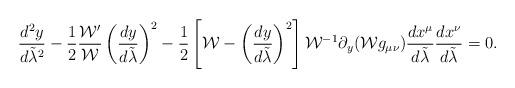
LaTeX: \begin{align*}{{d^2y}\over{d\tilde{\lambda}^2}}-{1\over 2}{{{\cal W}^{\prime}}\over{\cal W}}\left({{dy}\over{d\tilde{\lambda}}}\right)^2-{1\over 2}\left[{\cal W}-\left({{dy}\over{d\tilde{\lambda}}}\right)^2\right]{\cal W}^{-1}\partial_y({\cal W}g_{\mu\nu}){{dx^{\mu}}\over{d\tilde{\lambda}}}{{dx^{\nu}}\over{d\tilde{\lambda}}}=0.\end{align*}